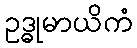
ဥဒ္ဓုမာယိကံ